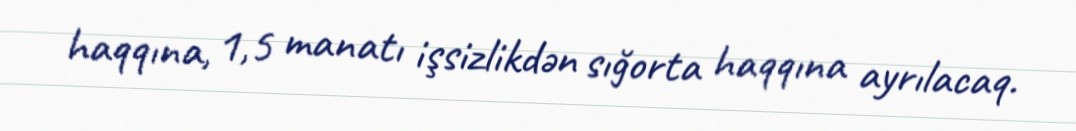
haqqına, 1,5 manatı işsizlikdən sığorta haqqına ayrılacaq.